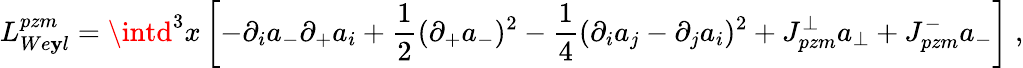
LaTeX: L_{We\mathbf{y}l}^{pzm}=\intd^{3}{x}\left[-\partial_{i}a_{-}\partial_{+}a_{i}+\frac{1}{2}(\partial_{+}a_{-})^{2}-\frac{1}{4}(\partial_{i}a_{j}-\partial_{j}a_{i})^{2}+J_{pzm}^{\perp}a_{\perp}+J_{pzm}^{-}a_{-}\right]\; ,